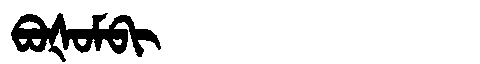
Manchu: ᠪᠣᡧᠣᠮᠪᡳ
Romanization: BOŠOMBI